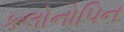
કલોનોપિન